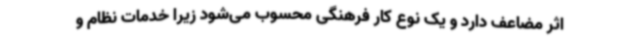
اثر مضاعف دارد و یک نوع کار فرهنگی محسوب می‌شود زیرا خدمات نظام و